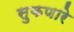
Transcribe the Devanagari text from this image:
सुकणारे